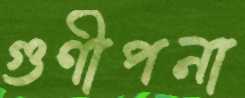
গুণীপনা